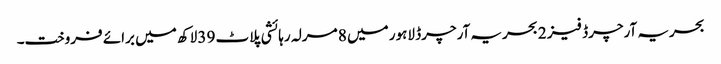
بحریہ آرچرڈ فیز 2 بحریہ آرچرڈ لاہور میں 8 مرلہ رہائشی پلاٹ 39 لاکھ میں برائے فروخت۔